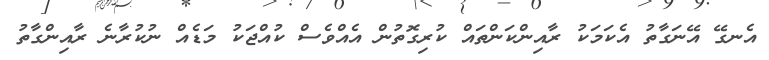
އެނގޭ އޭނަގާތު އެކަމަކު ރާއިންކަންތައް ކުރިގޮތުން އެއްވެސް ކުއްޖަކު މަޑެއް ނުކުރާނެ ރާއިންގާތު